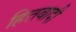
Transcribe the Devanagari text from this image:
हितबादी